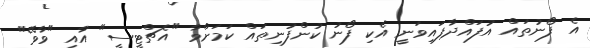
އެ ފޯނުތައް އުފައްދާފައިވަނީ އެކި ފޯނު ކުންފުނިތައް ކަމަށްވާ "އެޗްޓީސީ" އާއި "ވާވޭ"